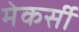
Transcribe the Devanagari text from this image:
मेकर्सी